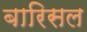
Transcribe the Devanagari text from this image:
बारिसल